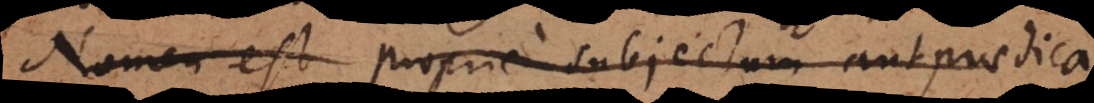
Nomen est proprie subjectum aut praedica